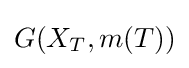
G(X_{T},m(T))